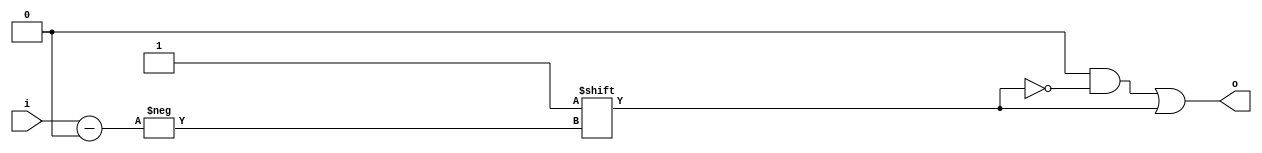
module bcd_dec (
    input wire [0:3] i,
    output wire [9:0] o
);

reg [9:0] o_reg;

always @* begin
    o_reg = 0;
    o_reg[i]=1;    
end

assign o = o_reg; 


endmodule